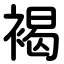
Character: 褐